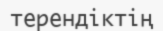
терендіктің